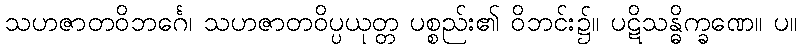
သဟဇာတဝိဘင်္ဂေ၊ သဟဇာတဝိပ္ပယုတ္တ ပစ္စည်း၏ ဝိဘင်း၌။ ပဋိသန္ဓိက္ခဏေ။ ပ။